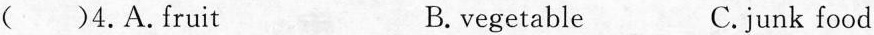
( )4.Afruit B.vegetable C.junk food